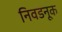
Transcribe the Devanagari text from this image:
निवडनूक